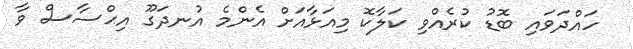
ހައްދަވައި ބޮޑު ކުރެއްވި ކަލާކޮ މިއަޅާއަށް އެންމެ އުނދަގޫ އިޙްސާސް ވާ